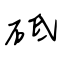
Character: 砥